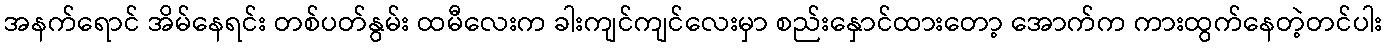
အနက်ရောင် အိမ်နေရင်း တစ်ပတ်နွမ်း ထမီလေးက ခါးကျင်ကျင်လေးမှာ စည်းနှောင်ထားတော့ အောက်က ကားထွက်နေတဲ့တင်ပါး